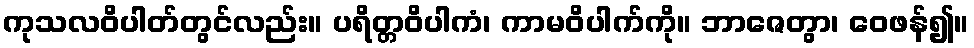
ကုသလဝိပါတ်တွင်လည်း။ ပရိတ္တဝိပါကံ၊ ကာမဝိပါက်ကို။ ဘာဇေတွာ၊ ဝေဖန်၍။